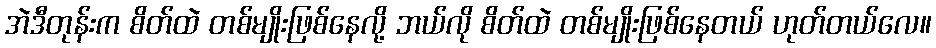
အဲဒီတုန်းက စိတ်ထဲ တစ်မျိုးဖြစ်နေလို့ ဘယ်လို စိတ်ထဲ တစ်မျိုးဖြစ်နေတယ် ဟုတ်တယ်လေ။